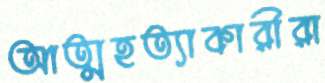
আত্মহত্যাকারীরা